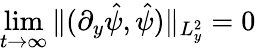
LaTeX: \operatorname*{lim}_{t\to\infty}\| (\partial_{y}\hat{\psi},\hat{\psi})\| _{L_{y}^{2}}=0